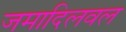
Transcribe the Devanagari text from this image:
जमादिलवल